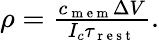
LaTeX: \begin{array}{r}{\rho=\frac{c_{\mathrm{~m~e~m~}}\Delta V}{I_{c}\tau_{\mathrm{~r~e~s~t~}}}.}\end{array}